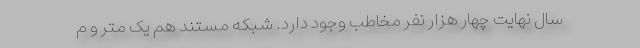
سال نهایت چهار هزار نفر مخاطب وجود دارد. شبکه مستند هم یک متر و م